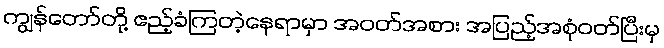
ကျွန်တော်တို့ ဧည့်ခံကြတဲ့နေရာမှာ အဝတ်အစား အပြည့်အစုံဝတ်ပြီးမှ